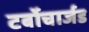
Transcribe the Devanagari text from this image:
टर्बोचार्जड